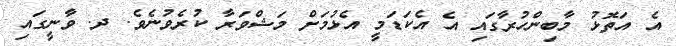
އެ އަތޮޅު މާބިންހުރާގައި އެ އެކަޑަމީ އެޅުމަށް މަޝްވަރާ ކުރެވުނެވެ. ދ. ވާނީގައި